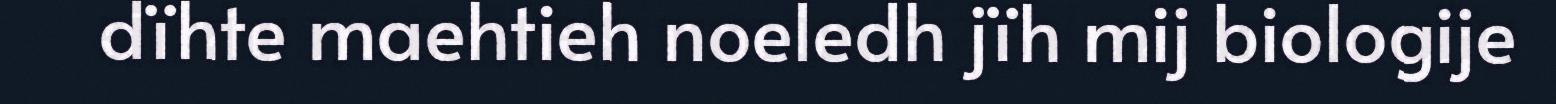
dïhte maehtieh noeledh jïh mij biologije